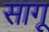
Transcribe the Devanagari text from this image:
सागू